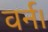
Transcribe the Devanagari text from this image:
वर्न।